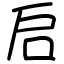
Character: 启